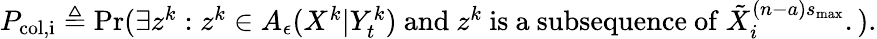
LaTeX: \begin{array}{r}{P_{\mathrm{col,i}}\triangleq\operatorname*{Pr}(\exists{z}^{k}:{z}^{k}\in A_{\epsilon}({X}^{k}|Y_{t}^{k})\mathrm{~and~}{z}^{k}\mathrm{~is~a~subsequence~of~}\tilde{X}_{i}^{(n-a)s_{\operatorname*{max}}}.).}\end{array}